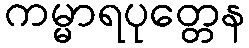
ကမ္မာရပုတ္တေန